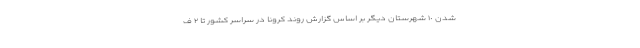
شدن ١٠ شهرستان دیگر بر اساس گزارش روند کرونا در سراسر کشور تا ۲ ف